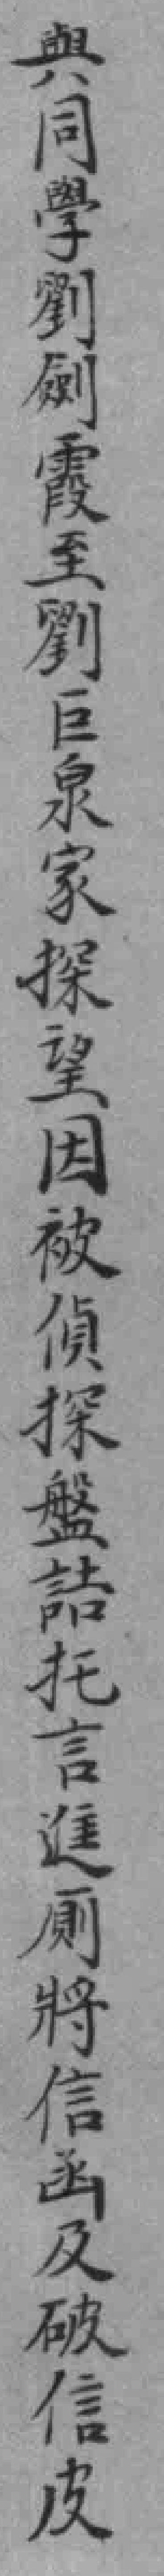
與同學劉劍霞至劉巨泉家探望因被偵探盤詰托言進厠將信函及破信皮